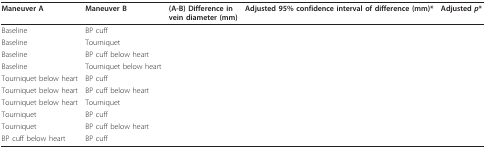
<table><thead><tr><td><b>Maneuver A</b></td><td><b>Maneuver B</b></td><td><b>(A-B) Difference invein diameter (mm)</b></td><td><b>Adjusted 95% confidence interval of difference (mm)*</b></td><td><b>Adjusted <i>p</i>*</b></td></tr></thead><tbody><tr><td>Baseline</td><td>BP cuff</td><td>[EMPTY_CELL]</td><td>[EMPTY_CELL]</td><td>[EMPTY_CELL]</td></tr><tr><td>Baseline</td><td>Tourniquet</td><td>[EMPTY_CELL]</td><td>[EMPTY_CELL]</td><td>[EMPTY_CELL]</td></tr><tr><td>Baseline</td><td>BP cuff below heart</td><td>[EMPTY_CELL]</td><td>[EMPTY_CELL]</td><td>[EMPTY_CELL]</td></tr><tr><td>Baseline</td><td>Tourniquet below heart</td><td>[EMPTY_CELL]</td><td>[EMPTY_CELL]</td><td>[EMPTY_CELL]</td></tr><tr><td>Tourniquet below heart</td><td>BP cuff</td><td>[EMPTY_CELL]</td><td>[EMPTY_CELL]</td><td>[EMPTY_CELL]</td></tr><tr><td>Tourniquet below heart</td><td>BP cuff below heart</td><td>[EMPTY_CELL]</td><td>[EMPTY_CELL]</td><td>[EMPTY_CELL]</td></tr><tr><td>Tourniquet below heart</td><td>Tourniquet</td><td>[EMPTY_CELL]</td><td>[EMPTY_CELL]</td><td>[EMPTY_CELL]</td></tr><tr><td>Tourniquet</td><td>BP cuff</td><td>[EMPTY_CELL]</td><td>[EMPTY_CELL]</td><td>[EMPTY_CELL]</td></tr><tr><td>Tourniquet</td><td>BP cuff below heart</td><td>[EMPTY_CELL]</td><td>[EMPTY_CELL]</td><td>[EMPTY_CELL]</td></tr><tr><td>BP cuff below heart</td><td>BP cuff</td><td>[EMPTY_CELL]</td><td>[EMPTY_CELL]</td><td>[EMPTY_CELL]</td></tr></tbody></table>